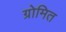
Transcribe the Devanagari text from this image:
ग्रोमित